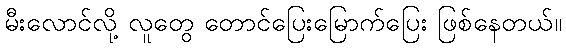
မီးလောင်လို့ လူတွေ တောင်ပြေးမြောက်ပြေး ဖြစ်နေတယ်။